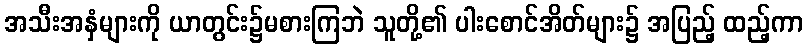
အသီးအနှံများကို ယာတွင်း၌မစားကြဘဲ သူတို့၏ ပါးစောင်အိတ်များ၌ အပြည့် ထည့်ကာ